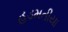
હડમતીયા